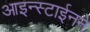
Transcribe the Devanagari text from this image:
आइन्स्टाईनने